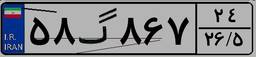
۵۸گ۸۶۷۲۴